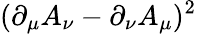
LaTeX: (\partial_{\mu}A_{\nu}-\partial_{\nu}A_{\mu})^{2}